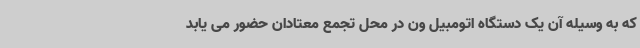
که به وسیله آن یک دستگاه اتومبیل ون در محل تجمع معتادان حضور می یابد